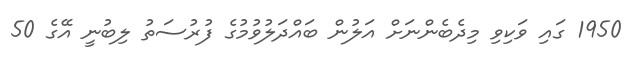
1950 ގައި ވަކިވި މިދެބެންނަށް އަލުން ބައްދަލުވުމުގެ ފުރުސަތު ލިބުނީ އޭގެ 50